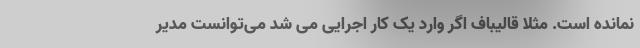
نمانده است. مثلا قالیباف اگر وارد یک کار اجرایی می شد می‌توانست مدیر